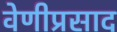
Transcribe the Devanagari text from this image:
वेणीप्रसाद